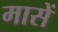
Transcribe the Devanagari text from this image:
मासें